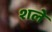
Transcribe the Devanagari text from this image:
शले